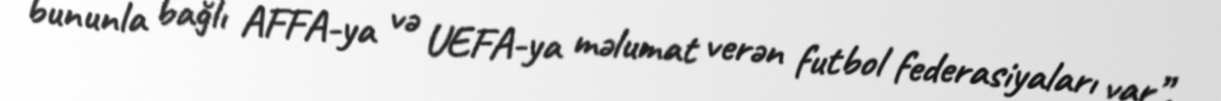
bununla bağlı AFFA-ya və UEFA-ya məlumat verən futbol federasiyaları var”.